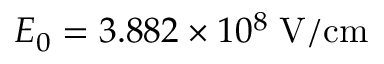
{ \cal E } _ { 0 } = 3 . 8 8 2 \times 1 0 ^ { 8 } \; \mathrm { V / c m }